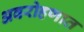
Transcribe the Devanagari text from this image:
अवरोहणात